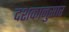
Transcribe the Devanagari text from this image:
दशकानुसार